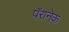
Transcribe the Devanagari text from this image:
पॅरानेक